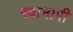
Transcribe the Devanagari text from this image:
रवानागी